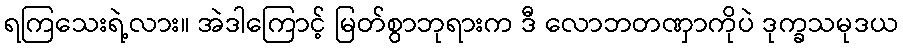
ရကြသေးရဲ့လား။ အဲဒါကြောင့် မြတ်စွာဘုရားက ဒီ လောဘတဏှာကိုပဲ ဒုက္ခသမုဒယ